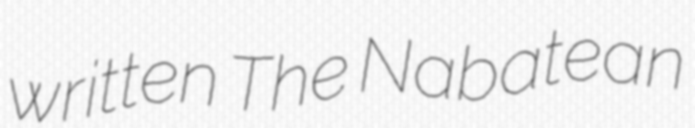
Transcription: written The Nabatean